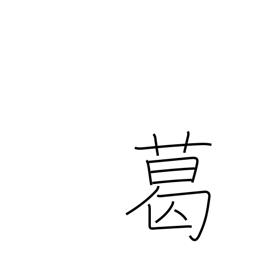
Meaning: arrowroot